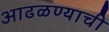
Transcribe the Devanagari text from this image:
आढळण्याची